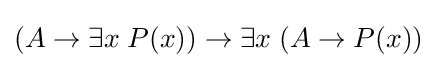
(A\rightarrow \exists x\;P(x))\rightarrow \exists x\;(A\rightarrow P(x))